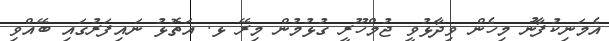
އެމަނިކުފާނު މިހެން ވިދާޅުވީ ޖުމްހޫރީ ގުޅުމުން މިރޭ ޅ. އަތޮޅު ނައިފަރުގައި ބޭއްވި